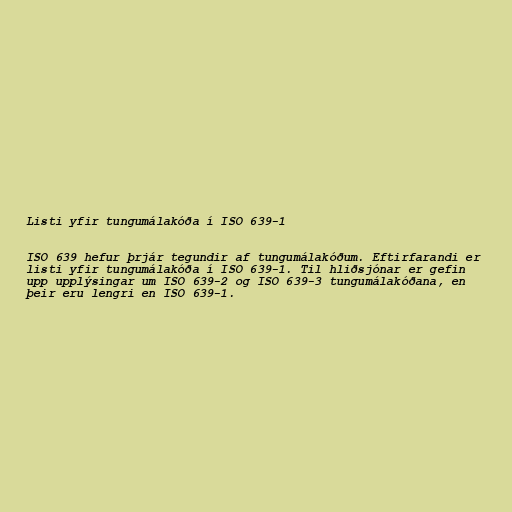
Listi yfir tungumálakóða í ISO 639-1

ISO 639 hefur þrjár tegundir af tungumálakóðum. Eftirfarandi er
listi yfir tungumálakóða í ISO 639-1. Til hliðsjónar er gefin
upp upplýsingar um ISO 639-2 og ISO 639-3 tungumálakóðana, en
þeir eru lengri en ISO 639-1.